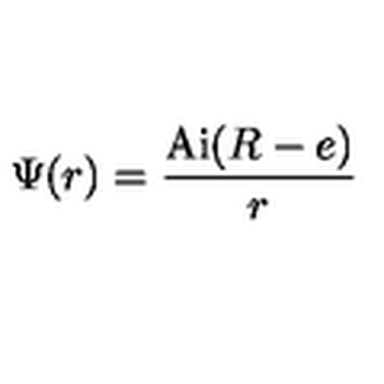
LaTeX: \Psi ( r ) = { \frac { \mathrm { A i } ( R - e ) } { r } }